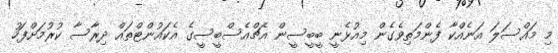
މި މައްސަލަ އަނެއްކާ ފެންމަތިވެގެން މިއުޅެނީ ބީބީސީން އެޗްއެސްބީސީގެ އެކައުންޓްތައް ދިރާސާ ކުރުމަށްފަހު